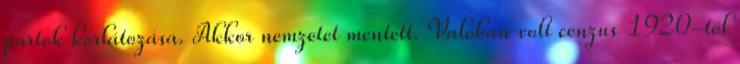
pártok korlátozása. Akkor nemzetet mentett. Valóban volt cenzus 1920-tól